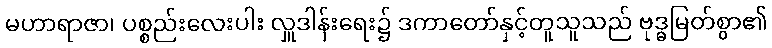
မဟာရာဇာ၊ ပစ္စည်းလေးပါး လှူဒါန်းရေး၌ ဒကာတော်နှင့်တူသူသည် ဗုဒ္ဓမြတ်စွာ၏